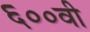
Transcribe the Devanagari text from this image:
६००वी